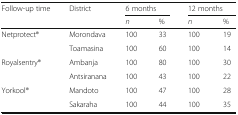
<table><thead><tr><td><b>Follow-up time</b></td><td><b>District</b></td><td colspan="2"><b>6 months</b></td><td colspan="2"><b>12 months</b></td></tr><tr><td></td><td></td><td><b><i>n</i></b></td><td><b>%</b></td><td><b><i>n</i></b></td><td><b>%</b></td></tr></thead><tbody><tr><td rowspan="2">Netprotect®</td><td>Morondava</td><td>100</td><td>33</td><td>100</td><td>19</td></tr><tr><td>Toamasina</td><td>100</td><td>60</td><td>100</td><td>14</td></tr><tr><td rowspan="2">Royalsentry®</td><td>Ambanja</td><td>100</td><td>80</td><td>100</td><td>30</td></tr><tr><td>Antsiranana</td><td>100</td><td>43</td><td>100</td><td>22</td></tr><tr><td rowspan="2">Yorkool®</td><td>Mandoto</td><td>100</td><td>47</td><td>100</td><td>28</td></tr><tr><td>Sakaraha</td><td>100</td><td>44</td><td>100</td><td>35</td></tr></tbody></table>